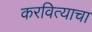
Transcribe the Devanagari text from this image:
करवित्याचा